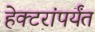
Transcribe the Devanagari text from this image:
हेक्टरांपर्यंत